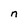
Character: n